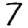
Digit: 7